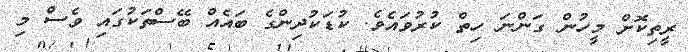
ރީތިކޮށް މީހުން ގަންނަ ހިތް ކުރުވައެވެ. ކުޑަކުދިންގެ ބައެއް ބޭސްތަކުގައި ވެސް މި